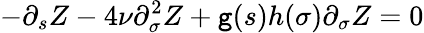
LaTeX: -\partial_{s}Z-4\nu\partial_{\sigma}^{2}Z+\mathtt{g}(s)h(\sigma)\partial_{\sigma}Z=0